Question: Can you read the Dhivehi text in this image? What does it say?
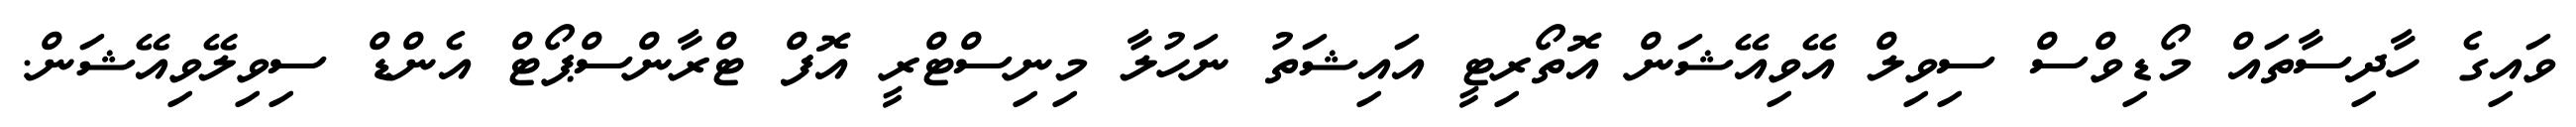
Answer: ވައިގެ ހާދިސާތައް މޯޑިވްސް ސިވިލް އޭވިއޭޝަން އޮތޯރިޓީ އައިޝަތު ނަހުލާ މިނިސްޓްރީ އޮފް ޓްރާންސްޕޯޓް އެންޑް ސިވިލޭވިއޭޝަން.